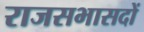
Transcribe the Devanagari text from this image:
राजसभासदों